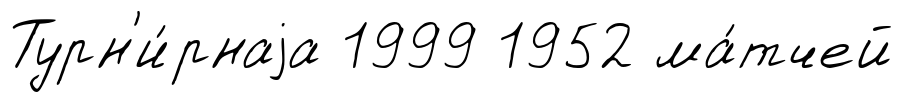
Турн'и́рнаjа 1999 1952 ма́тчей